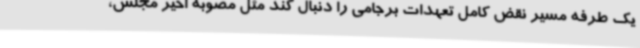
یک طرفه مسیر نقض کامل تعهدات برجامی را دنبال کند مثل مصوبه اخیر مجلس،